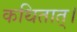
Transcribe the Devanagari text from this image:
कथितात्।